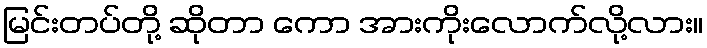
မြင်းတပ်တို့ ဆိုတာ ကော အားကိုးလောက်လို့လား။